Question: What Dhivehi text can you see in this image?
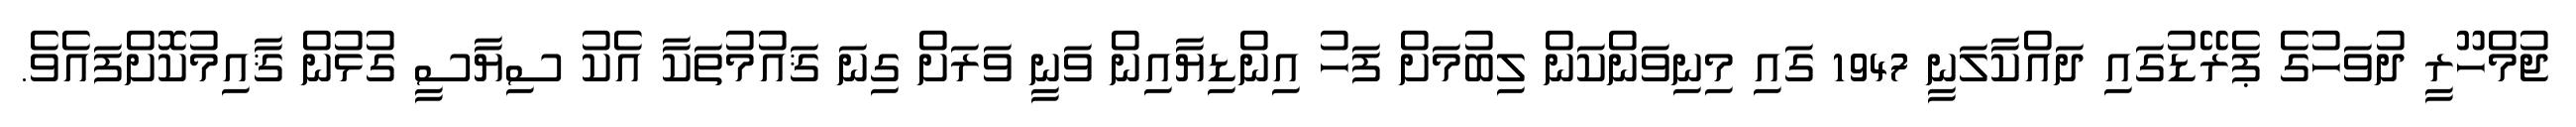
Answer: ޖުމްހޫރީ ދުވަހުގެ ޕެރޭޑުގައި ދައްކާލަނީ 1947 ގައި މިނިވަންކަން ލިބުމަށް ފަހު އިންޑިޔާއިން ވަނީ ވަރަށް ގިނަ ޤައުމުތަކާ އެކު ސިޔާސީ ގުޅުން ޤާއިމުކޮށްފައެވެ.